画像に写った文字を読んでください
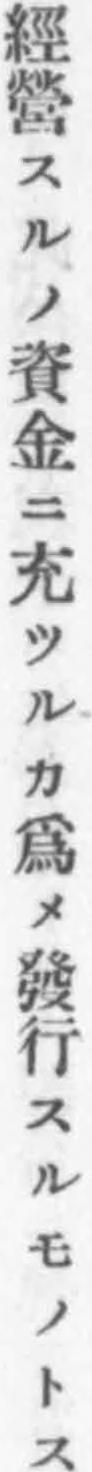
「經營スルノ資金ニ充ツルカ爲メ發行スルモノトス」と書いてあります